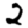
Digit: 2